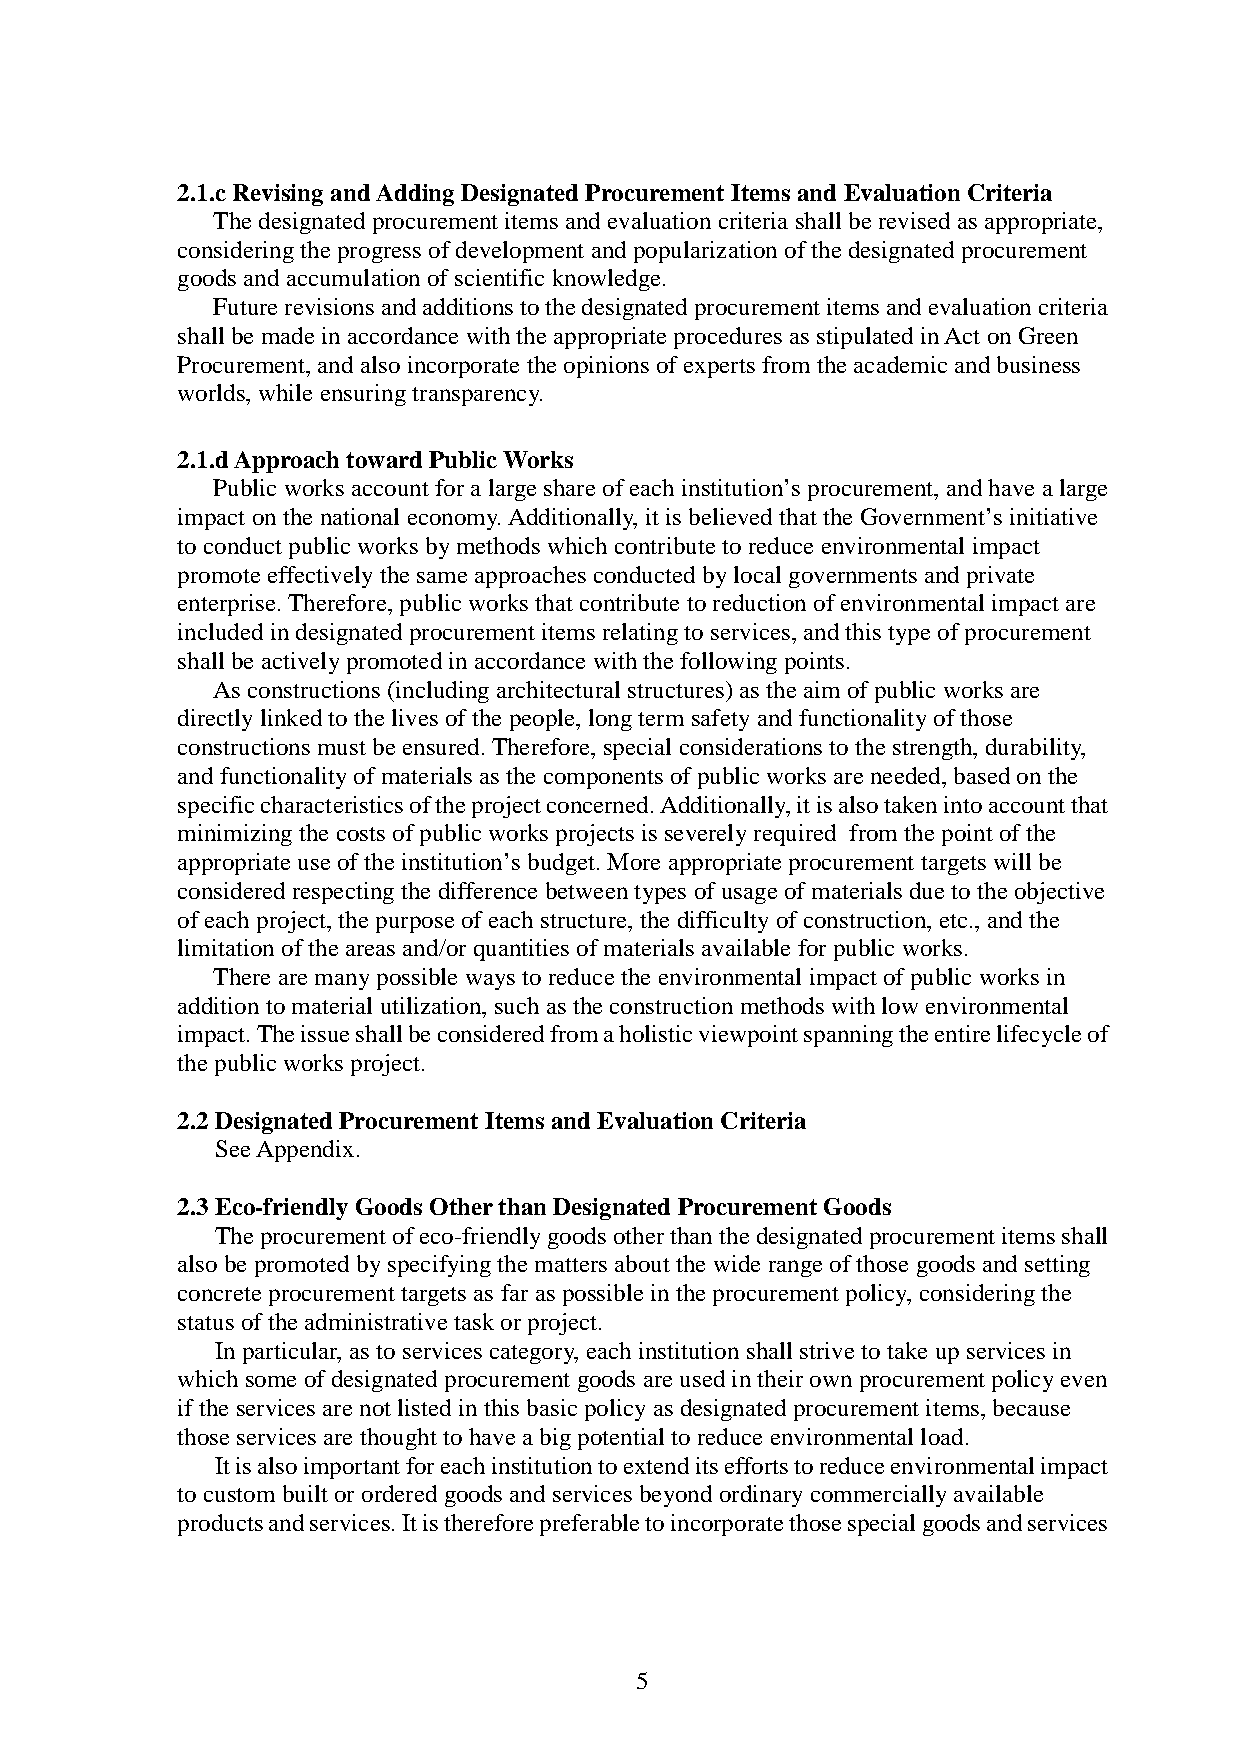
2.1.c Revising and Adding Designated Procurement Items and Evaluation Criteria
 The designated procurement items and evaluation criteria shall be revised as appropriate,
 considering the progress of development and popularization of the designated procurement
 goods and accumulation of scientific knowledge.
 Future revisions and additions to the designated procurement items and evaluation criteria
 shall be made in accordance with the appropriate procedures as stipulated in Act on Green
 Procurement, and also incorporate the opinions of experts from the academic and business
 worlds, while ensuring transparency.
 2.1.d Approach toward Public Works
 Public works account for a large share of each institution’s procurement, and have a large
 impact on the national economy. Additionally, it is believed that the Government’s initiative
 to conduct public works by methods which contribute to reduce environmental impact
 promote effectively the same approaches conducted by local governments and private
 enterprise. Therefore, public works that contribute to reduction of environmental impact are
 included in designated procurement items relating to services, and this type of procurement
 shall be actively promoted in accordance with the following points.
 As constructions (including architectural structures) as the aim of public works are
 directly linked to the lives of the people, long term safety and functionality of those
 constructions must be ensured. Therefore, special considerations to the strength, durability,
 and functionality of materials as the components of public works are needed, based on the
 specific characteristics of the project concerned. Additionally, it is also taken into account that
 minimizing the costs of public works projects is severely required from the point of the
 appropriate use of the institution’s budget. More appropriate procurement targets will be
 considered respecting the difference between types of usage of materials due to the objective
 of each project, the purpose of each structure, the difficulty of construction, etc., and the
 limitation of the areas and/or quantities of materials available for public works.
 There are many possible ways to reduce the environmental impact of public works in
 addition to material utilization, such as the construction methods with low environmental
 impact. The issue shall be considered from a holistic viewpoint spanning the entire lifecycle of
 the public works project.
 2.2 Designated Procurement Items and Evaluation Criteria
 See Appendix.
 2.3 Eco-friendly Goods Other than Designated Procurement Goods
 The procurement of eco-friendly goods other than the designated procurement items shall
 also be promoted by specifying the matters about the wide range of those goods and setting
 concrete procurement targets as far as possible in the procurement policy, considering the
 status of the administrative task or project.
 In particular, as to services category, each institution shall strive to take up services in
 which some of designated procurement goods are used in their own procurement policy even
 if the services are not listed in this basic policy as designated procurement items, because
 those services are thought to have a big potential to reduce environmental load.
 It is also important for each institution to extend its efforts to reduce environmental impact
 to custom built or ordered goods and services beyond ordinary commercially available
 products and services. It is therefore preferable to incorporate those special goods and services
 5